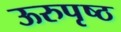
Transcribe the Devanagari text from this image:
ऊरुपृष्ठ